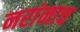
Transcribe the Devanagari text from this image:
नरांनाच